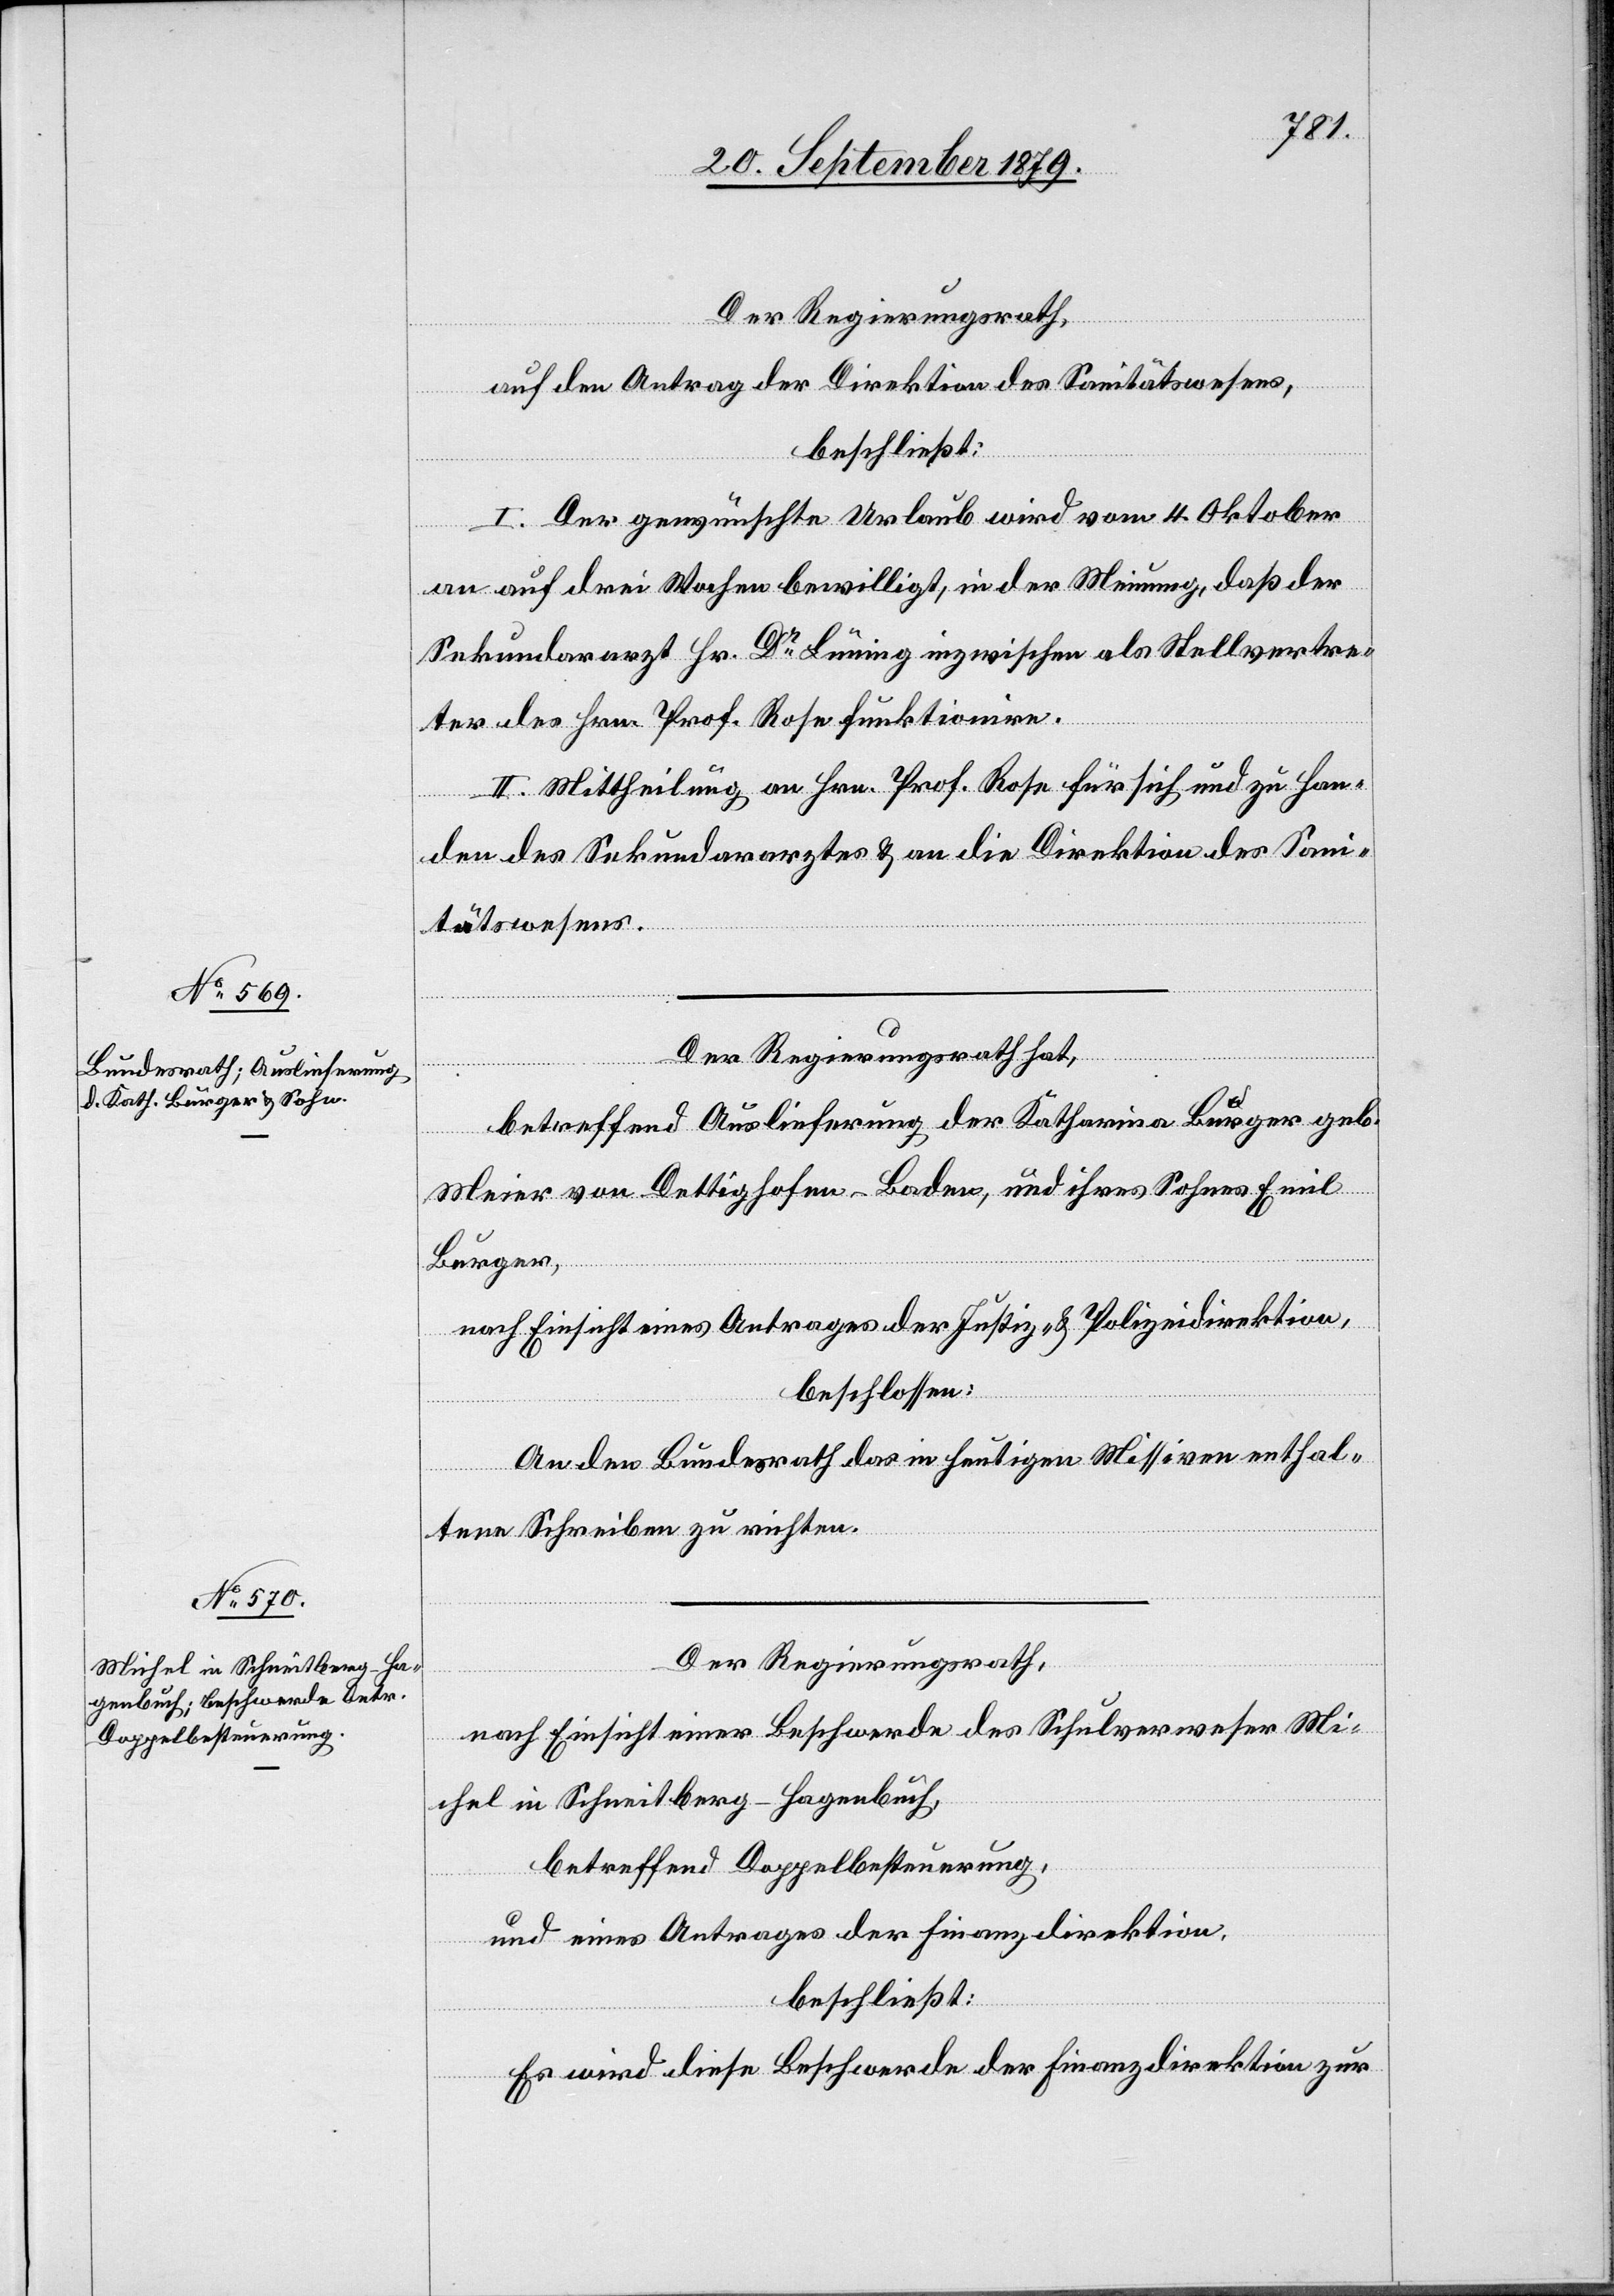
Der Regierungsrath,
auf den Antrag der Direktion des Sanitätswesens,
beschließt:
I. Der gewünschte Urlaub wird vom 4. Oktober
an auf drei Wochen bewilligt, in der Meinung, daß der
Sekundararzt Hr. Dr Lüning inzwischen als Stellvertre¬
ter des Hrn. Prof. Rose funktionire.
II. Mittheilung an Hrn. Prof. Rose für sich und zu Han¬
den des Sekundararztes & an die Direktion des Sani¬
tätswesens.
Der Regierungsrath hat,
betreffend Auslieferung der Katharina Burger geb.
Meier von Dettighofen - Baden, und ihres Sohnes Emil
Burger,
nach Einsicht eines Antrages der Justiz- & Polizeidirektion,
beschlossen:
An den Bundesrath das in heutigen Missiven enthal¬
tene Schreiben zu richten.
Der Regierungsrath,
nach Einsicht einer Beschwerde des Schulverweser Mi¬
chel in Schneitberg - Hagenbuch,
betreffend Doppelbesteuerung,
und eines Antrages der Finanzdirektion,
beschließt:
Es wird diese Beschwerde der Finanzdirektion zur